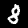
Digit: 8